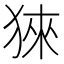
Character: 猍